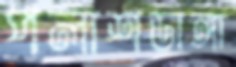
পলাশডাঙ্গা